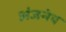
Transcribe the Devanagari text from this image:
अंजनेय